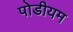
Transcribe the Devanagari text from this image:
पोडीयम